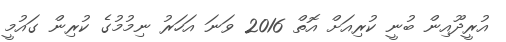
އުރީދޫއިން ބުނީ ކުރިއަށް އޮތް 2016 ވަނަ އަހަރު ނިމުމުގެ ކުރިން ގައުމީ